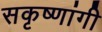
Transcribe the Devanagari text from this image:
सकृष्णांगी